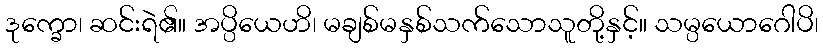
ဒုက္ခော၊ ဆင်းရဲ၏။ အပ္ပိယေဟိ၊ မချစ်မနှစ်သက်သောသူတို့နှင့်။ သမ္ပယောဂေါပိ၊